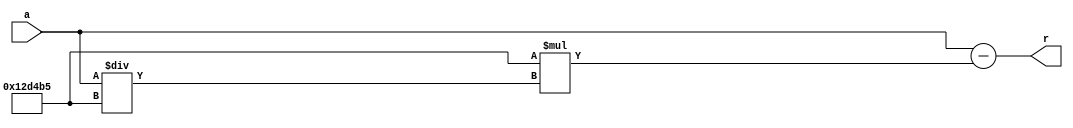
`timescale 1ns / 1ps
//////////////////////////////////////////////////////////////////////////////////
// Company: 
// Engineer: 
// 
// Design Name: 
// Module Name: integer_division_modulus
// Project Name: 
// Target Devices: 
// Tool Versions: 
// Description: 
// 
// Dependencies: 
// 
// Revision:
// Revision 0.01 - File Created
// Additional Comments:
// 
//////////////////////////////////////////////////////////////////////////////////


module integer_division_modulus(
    input [31:0] a,
    output reg [31:0] r
    );
    
    always@ * begin
        r = a - 1234101 * DivByConstant(a);
    end
    
    function [31:0] DivByConstant;
        input [31:0] a;
        DivByConstant = a / 1234101;
    endfunction
    
endmodule